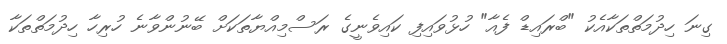
ގިނަ ހިދުމަތްތަކާއެކު "ބްރައިޑް ފެއާ" ހުޅުވައިފި ކައިވެނީގެ ރަސްމިއްޔާތަކަށް ބޭނުންވާނެ ހުރިހާ ހިދުމަތްތަކާ